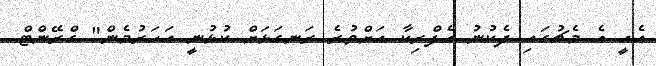
އެއީ އެ މެޗުގައި ދެކުނު އެފްރިކާ އަށްވުރެ ރަނގަޅަށް ކުޅުނީ އަހަރުމެން" ގްރޭންޓް